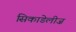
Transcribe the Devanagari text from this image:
सिकाडेलीज़